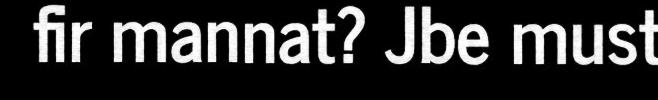
fir mannat? Jbe must